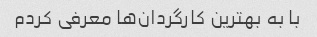
با به بهترین کارگردان‌ها معرفی کردم